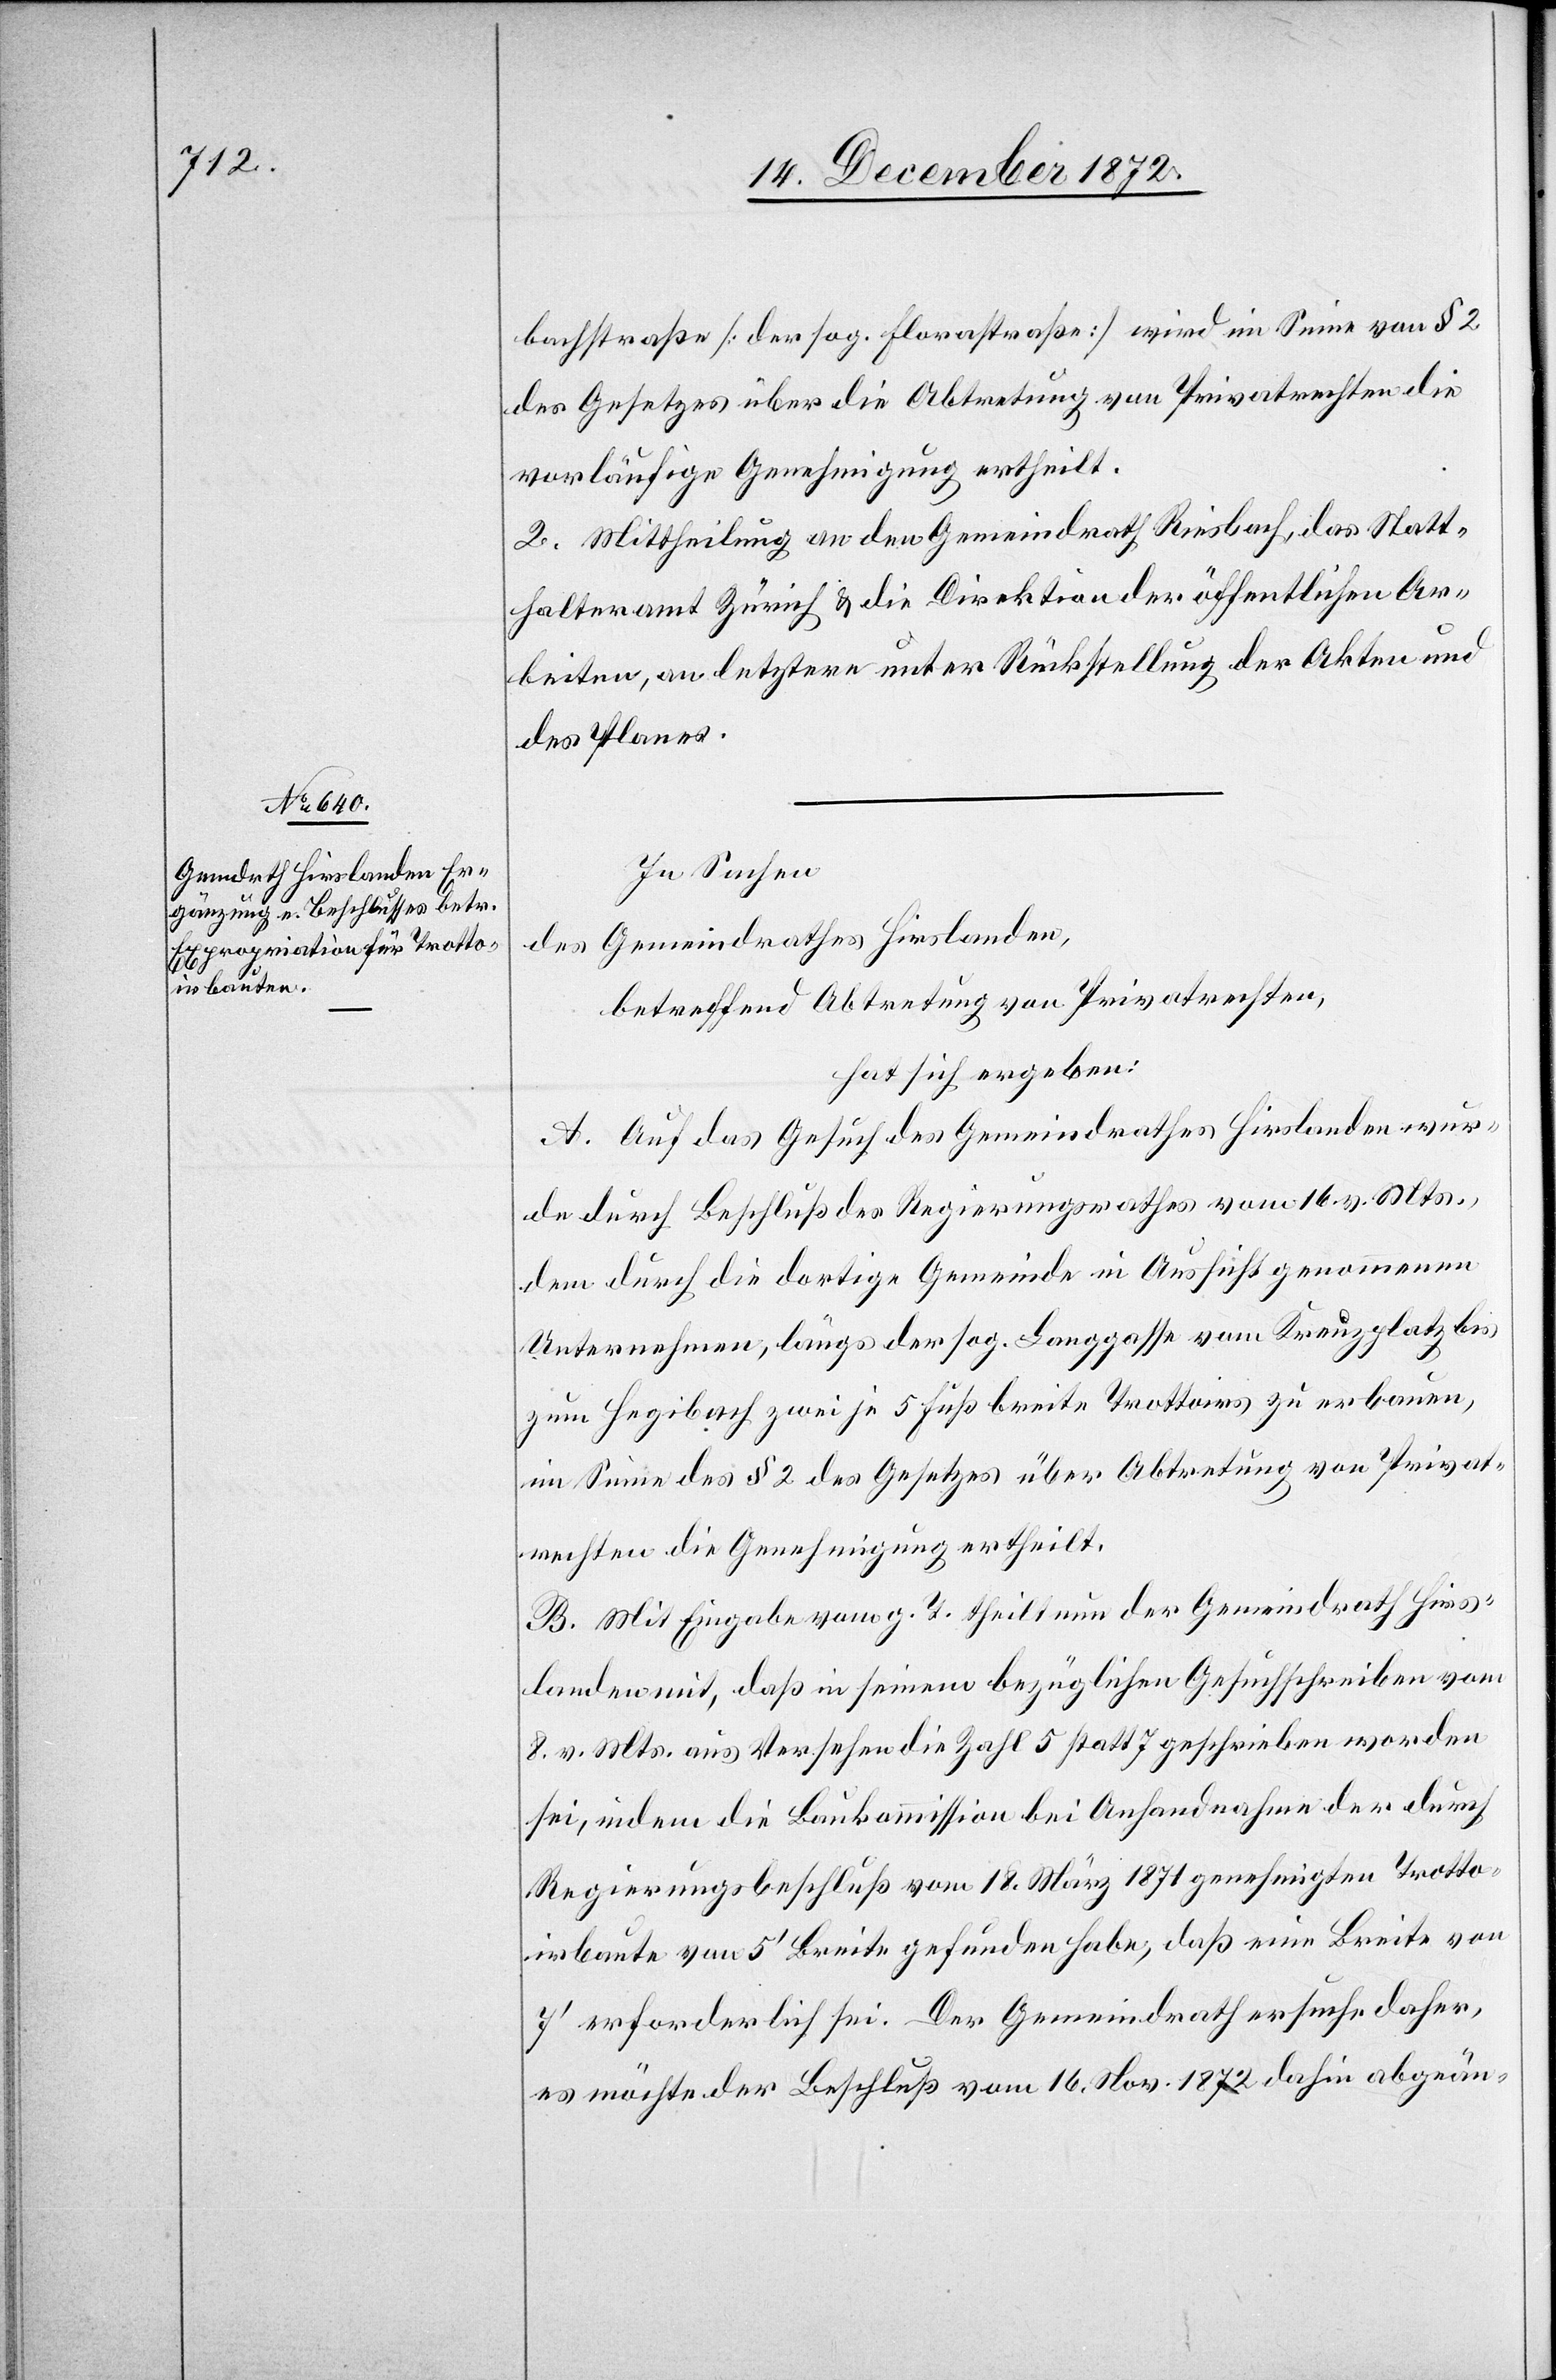
bachstraße [der sog. Florastraße] wird im Sinne von § 2
des Gesetzes über die Abtretung von Privatrechten die
vorläufige Genehmigung ertheilt.
2. Mittheilung an den Gemeindrath Riesbach, das Statt¬
halteramt Zürich u. die Direktion der öffentlichen Ar¬
beiten, an letztere unter Rückstellung der Akten und
des Planes.
In Sachen
des Gemeindrathes Hirslanden,
betreffend Abtretung von Privatrechten,
hat sich ergeben:
A. Auf das Gesuch des Gemeindrathes Hirslanden wur¬
de durch Beschluß des Regierungsrathes vom 16. v. Mts.,
dem durch die dortige Gemeinde in Aussicht genommenen
Unternehmen, längs der sog. Langgasse vom Kreuzplatz bis
zum Hegibach zwei je 5 Fuß breite Trottoirs zu erbauen,
im Sinne des § 2 des Gesetzes über Abtretung von Privat¬
rechten die Genehmigung ertheilt.
B. Mit Eingabe vom g. T. theilt nun der Gemeindrath Hirs¬
landen mit, daß in seinem bezüglichen Gesuchschreiben vom
8. v. Mts. aus Versehen die Zahl 5 statt 7 geschrieben worden
sei, indem die Baukommission bei Anhandnahme der durch
Regierungsbeschluß vom 18. März 1871 genehmigten Trotto¬
irbaute von 5’ Breite gefunden habe, daß eine Breite von
7’ erforderlich sei. Der Gemeindrath ersuche daher,
es möchte der Beschluß vom 16. Nov. 1872 dahin abgeän-